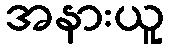
အနားယူ